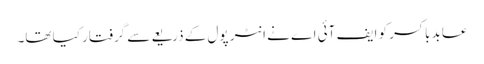
عابد باکسر کو ایف آئی اے نے انٹر پول کے ذریعے سے گرفتار کیا تھا۔